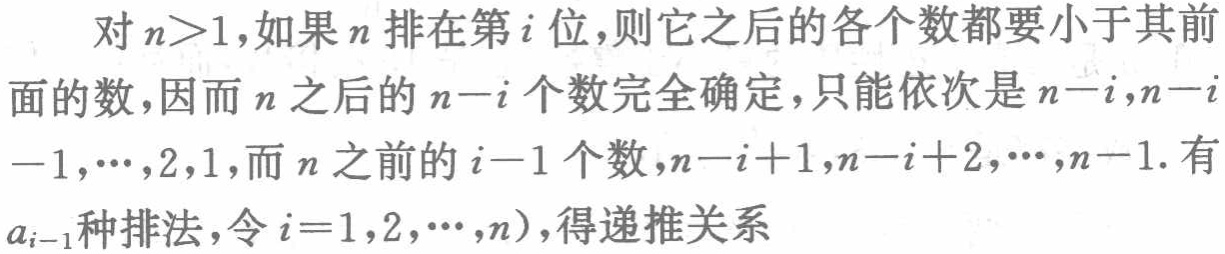
对 \(n > 1\)，如果 \(n\) 排在第 \(i\) 位，则它之后的各个数都要小于其前
面的数，因而 \(n\) 之后的 \(n - i\) 个数完全确定，只能依次是 \(n - i,n - i\)
\(-1,\cdots,2,1\)，而 \(n\) 之前的 \(i - 1\) 个数，\(n - i + 1,n - i + 2,\cdots,n - 1\). 有
\(a_{i - 1}\) 种排法，令 \(i = 1,2,\cdots,n\))，得递推关系